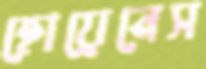
হোয়েনেস